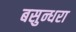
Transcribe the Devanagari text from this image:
बसुन्धरा